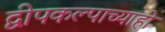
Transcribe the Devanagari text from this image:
द्वीपकल्पाच्याही